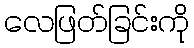
လေဖြတ်ခြင်းကို